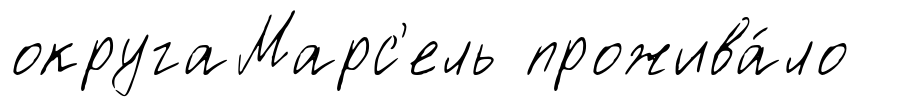
округаМарс'ель прожива́ло